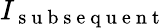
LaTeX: I_{\mathrm{~s~u~b~s~e~q~u~e~n~t~}}